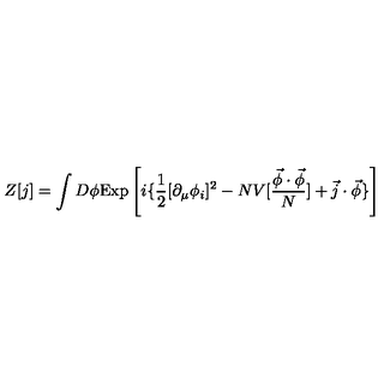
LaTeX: Z [ j ] = \int D \phi \mathrm { E x p } \left[ i \{ \frac { 1 } { 2 } [ \partial _ { \mu } \phi _ { i } ] ^ { 2 } - N V [ \frac { \vec { \phi } \cdot \vec { \phi } } { N } ] + \vec { j } \cdot \vec { \phi } \} \right]